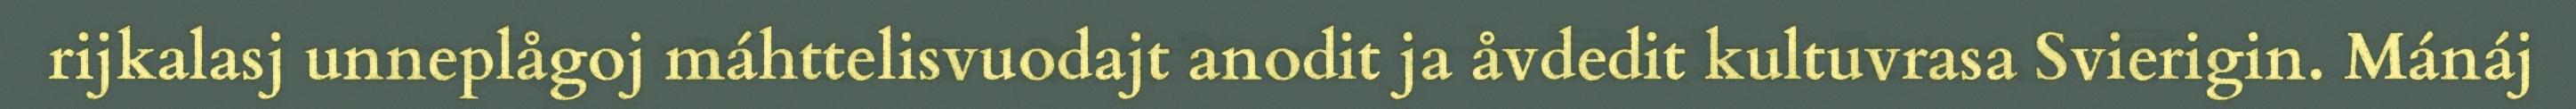
rijkalasj unneplågoj máhttelisvuodajt anodit ja åvdedit kultuvrasa Svierigin. Mánáj